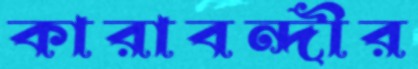
কারাবন্দীর